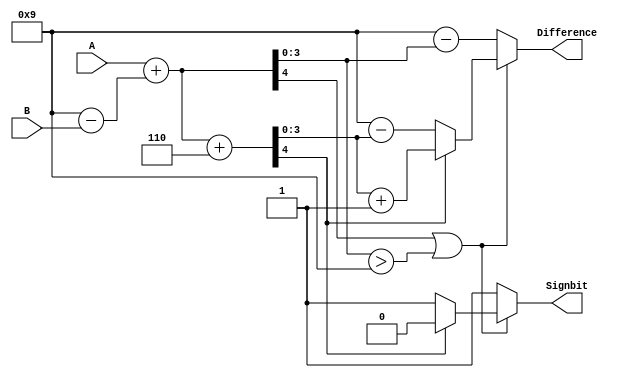
module Sub9sCompBCD(A,B,Difference,Signbit);
input [3:0]A,B;
output reg[3:0]Difference;
output reg Signbit;
reg [4:0]Sumout;
reg [4:0]Sumout2;
reg [3:0]NinesCompliment;

always@*
begin
NinesCompliment = 4'b1001 - B;
Sumout = A + NinesCompliment;
    if(Sumout[4] || (Sumout[3:0]>4'b1001))
    begin
    Sumout2 = Sumout[4:0] + 4'b0110;
        if(Sumout2[4])
        begin
        Difference = Sumout2[3:0] + 1;
        Signbit = 0;
        end
        
        else
        begin
        Difference = 4'b1001 - Sumout2[3:0];
        Signbit = 1;
        end
    end   
    
    else 
    begin
    Difference = 4'b1001 - Sumout[3:0];
    Signbit = 1;
    end
end
endmodule